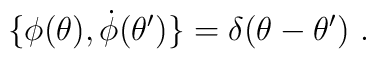
\{\phi (\theta ),\dot \phi (\theta ^{\prime })\}=\delta (\theta -\theta^{\prime })\ .